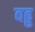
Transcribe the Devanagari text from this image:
वढ्ढ